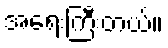
အရေးကြီးတယ်။